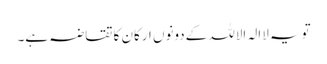
تویہ لاالہ الاللہ کےدونوں ارکان کا تقاضہ ہے۔